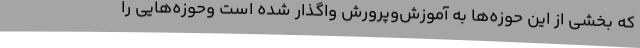
که بخشی از این حوزه‌ها به آموزش‌وپرورش واگذار شده است وحوزه‌هایی را